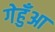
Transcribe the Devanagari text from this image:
गेहुँआ